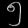
Digit: ၅